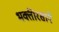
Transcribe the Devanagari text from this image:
भक्तीरसाने